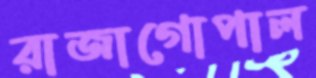
রাজাগোপাল